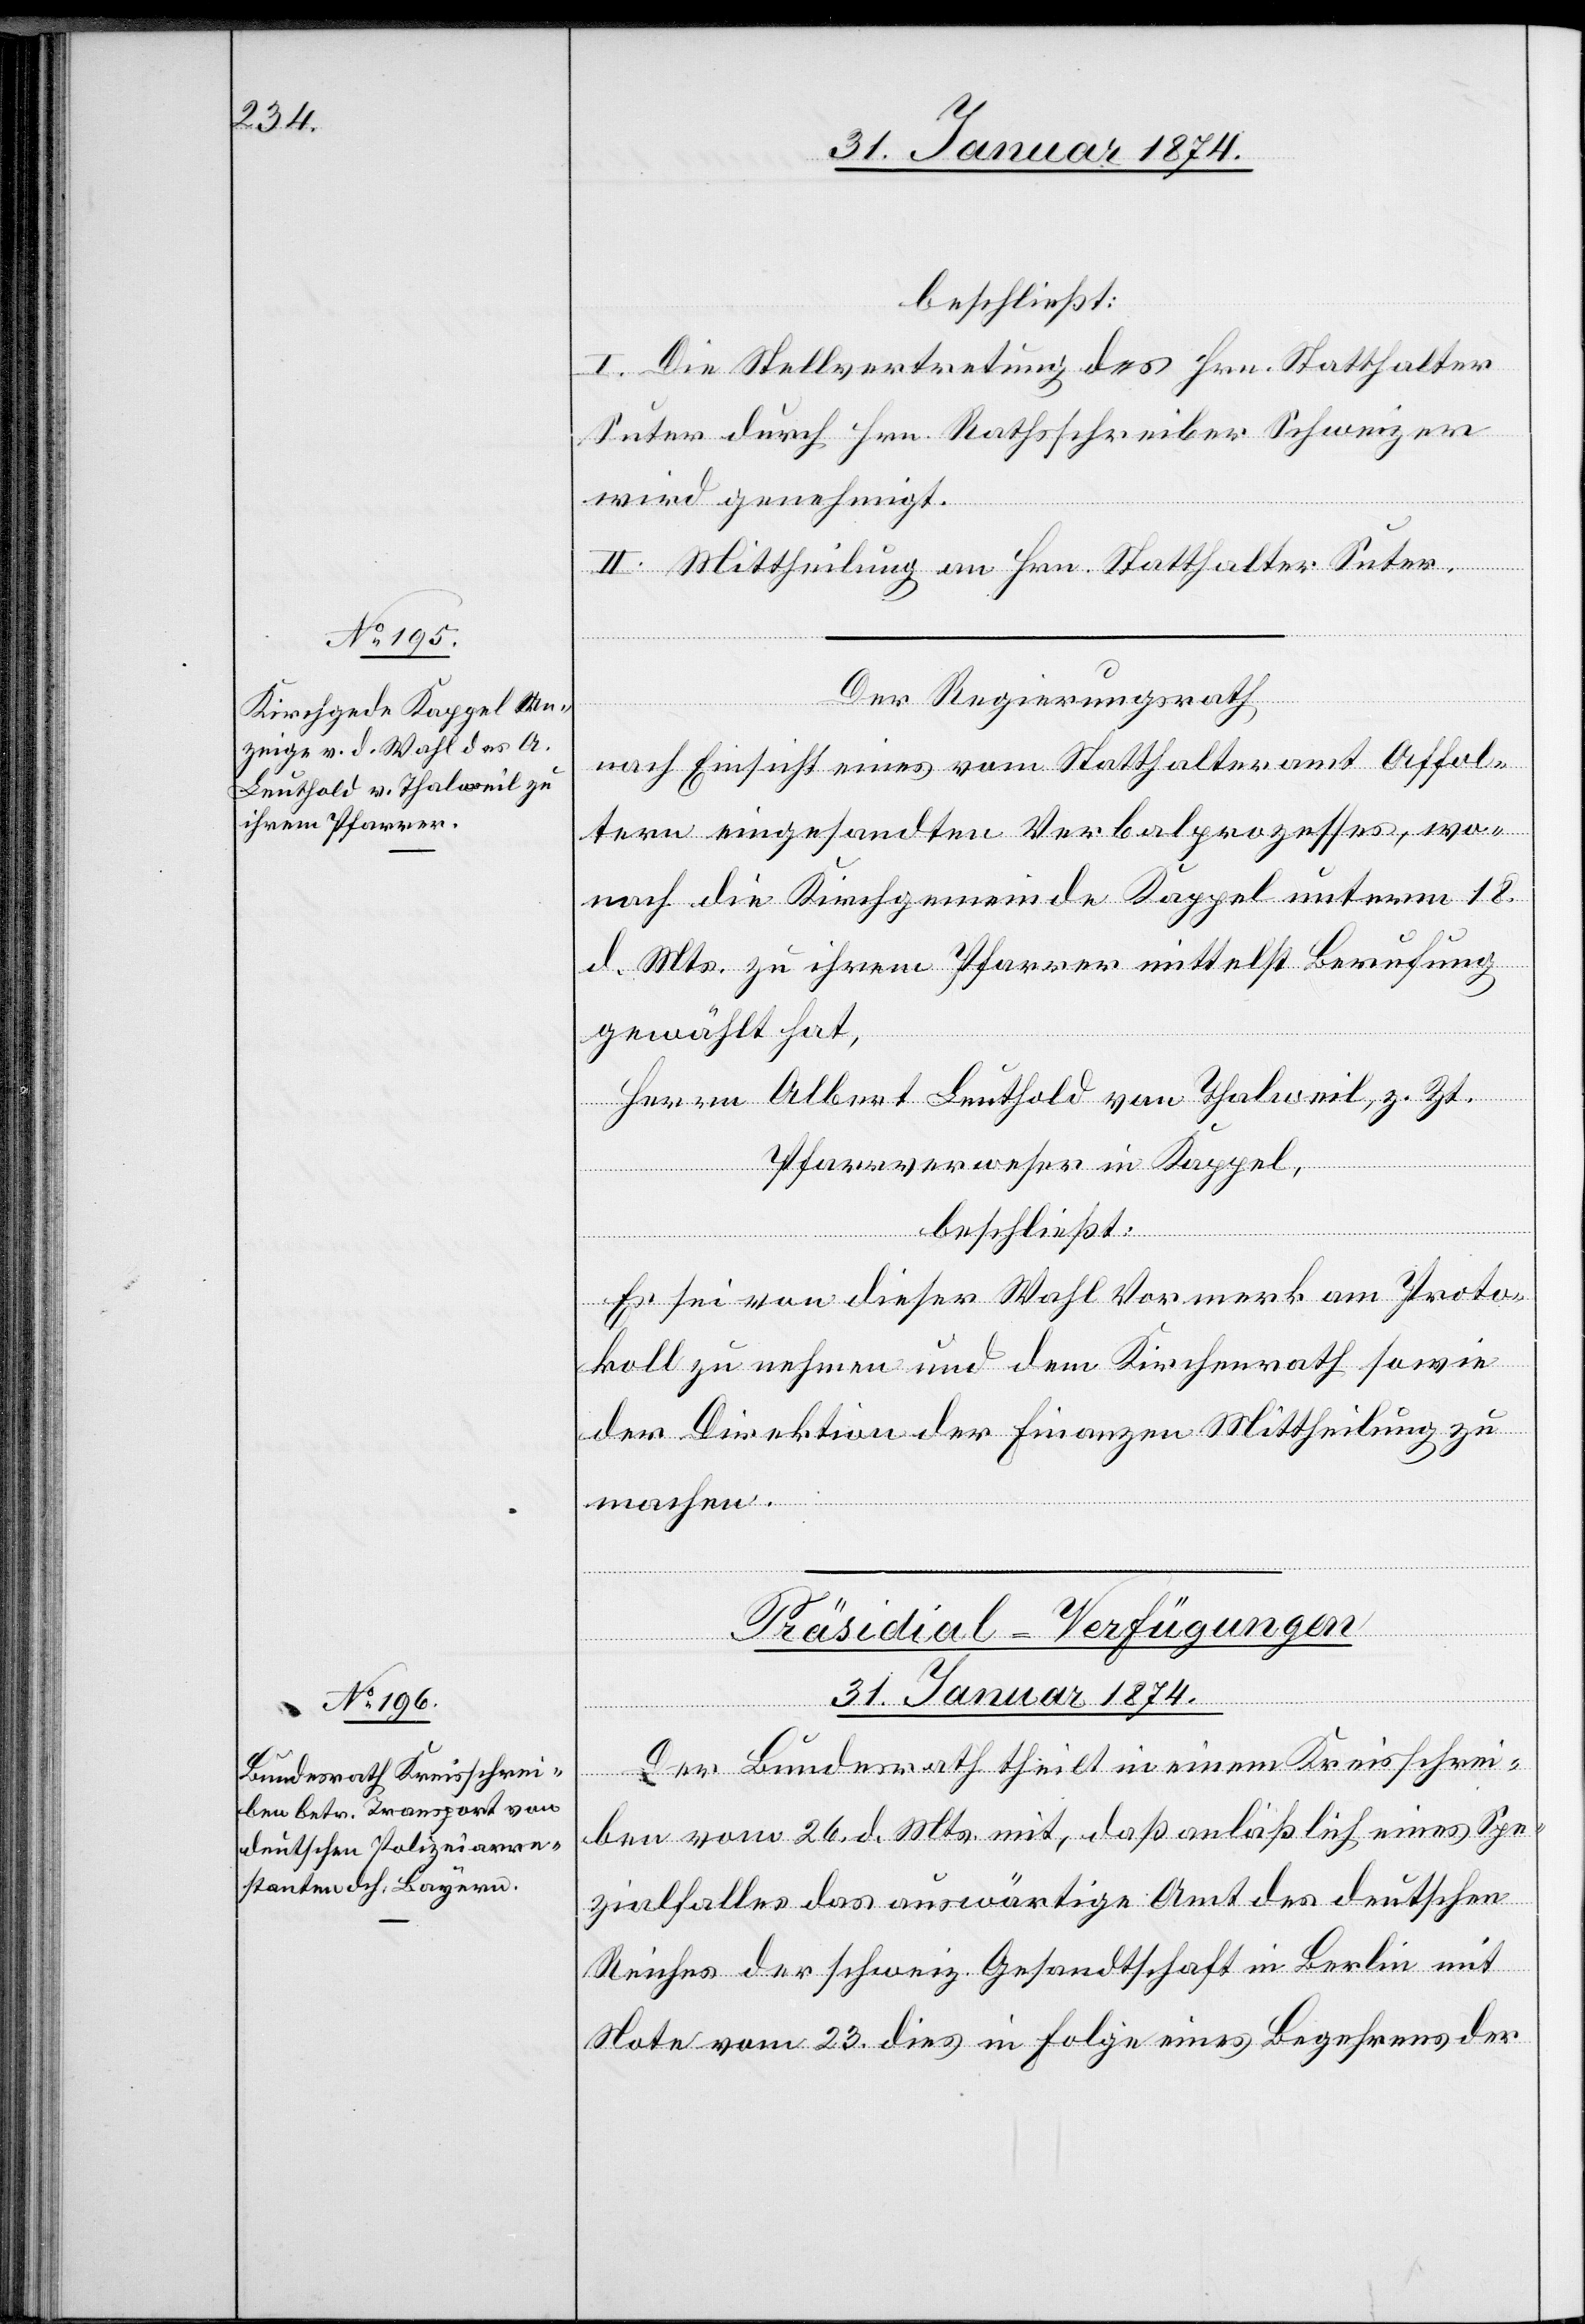
beschließt:
I. Die Stellvertretung des Hrn. Statthalter
Suter durch Hrn. Rathsschreiber Schweizer
wird genehmigt.
II. Mittheilung an Hrn. Statthalter Suter.
Der Regierungsrath,
nach Einsicht eines vom Statthalteramt Affol¬
tern eingesandten Verbalprozesses, wo¬
nach die Kirchgemeinde Kappel unterm 18.
d. Mts. zu ihrem Pfarrer mittelst Berufung
gewählt hat,
Herrn Albert Leuthold von Thalweil, z. Zt.
Pfarrverweser in Kappel,
beschließt:
Es sei von dieser Wahl Vormerk am Proto¬
koll zu nehmen und dem Kirchenrath sowie
der Direktion der Finanzen Mittheilung zu
machen.
Präsidial-Verfügungen
31. Januar 1874
Der Bundesrath theilt in einem Kreisschrei¬
ben vom 26. d. Mts. mit, daß anläßlich eines Spe¬
zialfalles das auswärtige Amt des deutschen
Reiches der schweiz. Gesandtschaft in Berlin mit
Note vom 23. dies in Folge eines Begehrens der